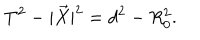
T ^ { 2 } - | \vec { X } | ^ { 2 } = d ^ { 2 } - R _ { 0 } ^ { 2 } .